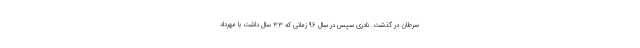
سرطان در گذشت. نادری سپس در سال ۹۶ زمانی که ۳۳ سال داشت با مهرداد